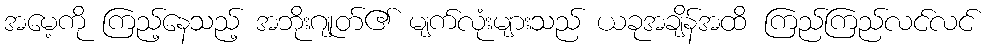
အမေ့ကို ကြည့်နေသည့် အဘိုးဂျုတ်၏ မျက်လုံးများသည် ယခုအချိန်အထိ ကြည်ကြည်လင်လင်